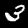
Digit: 3